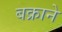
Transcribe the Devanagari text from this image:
बक्राने